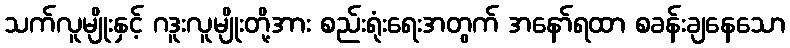
သက်လူမျိုးနှင့် ဂဒူးလူမျိုးတို့အား စည်းရုံးရေးအတွက် အနော်ရထာ စခန်းချနေသော